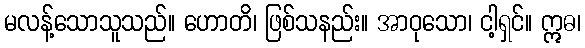
မလန့်သောသူသည်။ ဟောတိ၊ ဖြစ်သနည်း။ အာဝုသော၊ ငါ့ရှင်။ ဣဓ၊